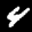
Label: 4